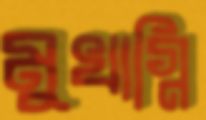
মুখাগ্নি